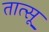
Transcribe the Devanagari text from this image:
तात्सू